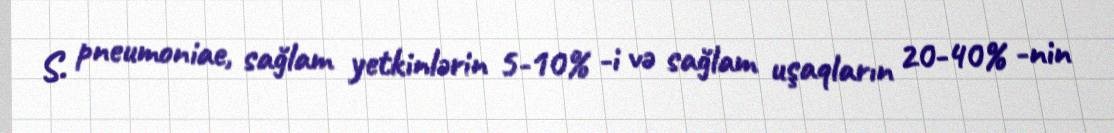
S. pneumoniae, sağlam yetkinlərin 5-10% -i və sağlam uşaqların 20-40% -nin